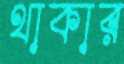
থাকার